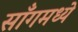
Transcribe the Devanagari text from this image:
साँगमध्ये